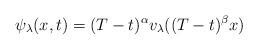
LaTeX: \begin{align*}\psi_{\lambda}(x,t)=(T-t)^{\alpha}v_{\lambda}((T-t)^{\beta}x)\end{align*}